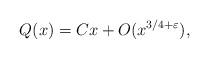
LaTeX: \begin{align*}Q(x) = C x + O(x^{3/4+ \varepsilon}),\end{align*}